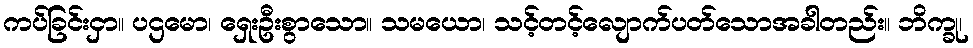
ကပ်ခြင်းငှာ။ ပဌမော၊ ရှေးဦးစွာသော။ သမယော၊ သင့်တင့်လျောက်ပတ်သောအခါတည်း။ ဘိက္ခု၊